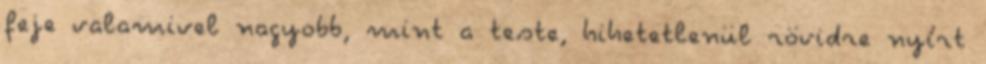
feje valamivel nagyobb, mint a teste, hihetetlenül rövidre nyírt